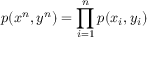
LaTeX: p ( x ^ { n } , y ^ { n } ) = \prod _ { i = 1 } ^ { n } p ( x _ { i } , y _ { i } )